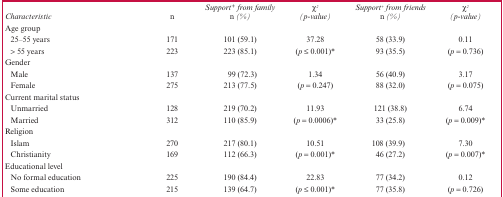
<table><thead><tr><td><b><i>Characteristic</i></b></td><td><b><i>n</i></b></td><td><b><i>Support<sup>+</sup> from family n (%)</i></b></td><td><b><i>χ2 (<i>p</i>-value)</i></b></td><td><b><i>Support<sup>+</sup> from friends n (%)</i></b></td><td><b><i>χ2 (<i>p</i>-value)</i></b></td></tr></thead><tbody><tr><td colspan="6">Age group</td></tr><tr><td>25–55 years</td><td>171</td><td>101 (59.1)</td><td>37.28</td><td>58 (33.9)</td><td>0.11</td></tr><tr><td>&gt; 55 years</td><td>223</td><td>223 (85.1)</td><td>(<i>p</i> ≤ 0.001)*</td><td>93 (35.5)</td><td>(<i>p</i> = 0.736)</td></tr><tr><td colspan="6">Gender</td></tr><tr><td>Male</td><td>137</td><td>99 (72.3)</td><td>1.34</td><td>56 (40.9)</td><td>3.17</td></tr><tr><td>Female</td><td>275</td><td>213 (77.5)</td><td>(<i>p</i> = 0.247)</td><td>88 (32.0)</td><td>(<i>p</i> = 0.075)</td></tr><tr><td colspan="6">Current marital status</td></tr><tr><td>Unmarried</td><td>128</td><td>219 (70.2)</td><td>11.93</td><td>121 (38.8)</td><td>6.74</td></tr><tr><td>Married</td><td>312</td><td>110 (85.9)</td><td>(<i>p</i> = 0.0006)*</td><td>33 (25.8)</td><td>(<i>p</i> = 0.009)*</td></tr><tr><td colspan="6">Religion</td></tr><tr><td>Islam</td><td>270</td><td>217 (80.1)</td><td>10.51</td><td>108 (39.9)</td><td>7.30</td></tr><tr><td>Christianity</td><td>169</td><td>112 (66.3)</td><td>(<i>p</i> = 0.001)*</td><td>46 (27.2)</td><td>(<i>p</i> = 0.007)*</td></tr><tr><td colspan="6">Educational level</td></tr><tr><td>No formal education</td><td>225</td><td>190 (84.4)</td><td>22.83</td><td>77 (34.2)</td><td>0.12</td></tr><tr><td>Some education</td><td>215</td><td>139 (64.7)</td><td>(<i>p</i> ≤ 0.001)*</td><td>77 (35.8)</td><td>(<i>p</i> = 0.726)</td></tr></tbody></table>